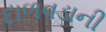
દાળવડાની